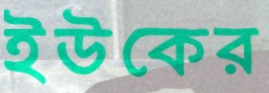
ইউকের